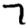
Digit: 7